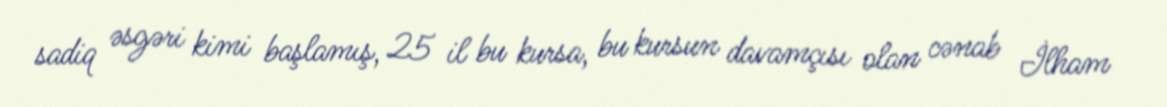
sadiq əsgəri kimi başlamış, 25 il bu kursa, bu kursun davamçısı olan cənab İlham